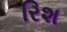
રિશ